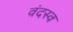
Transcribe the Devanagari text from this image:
वंदस्व